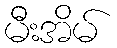
မီးအိမ်